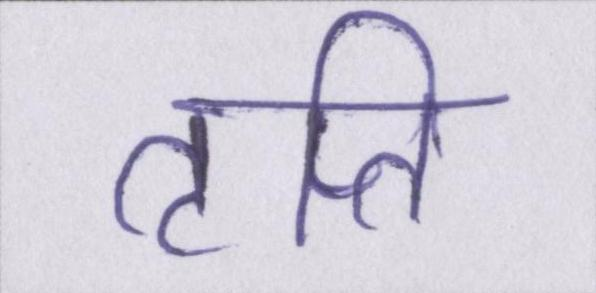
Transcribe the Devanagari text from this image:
तृप्ति